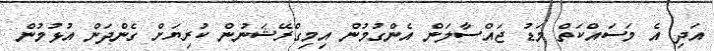
އަދި އެ މަސައްކަތް މަޑު ޖައްސާލަން އެންގުމުން އިމިގްރޭޝަނުން ކުރިޔަށް ގެންދަން އުޅުމުން